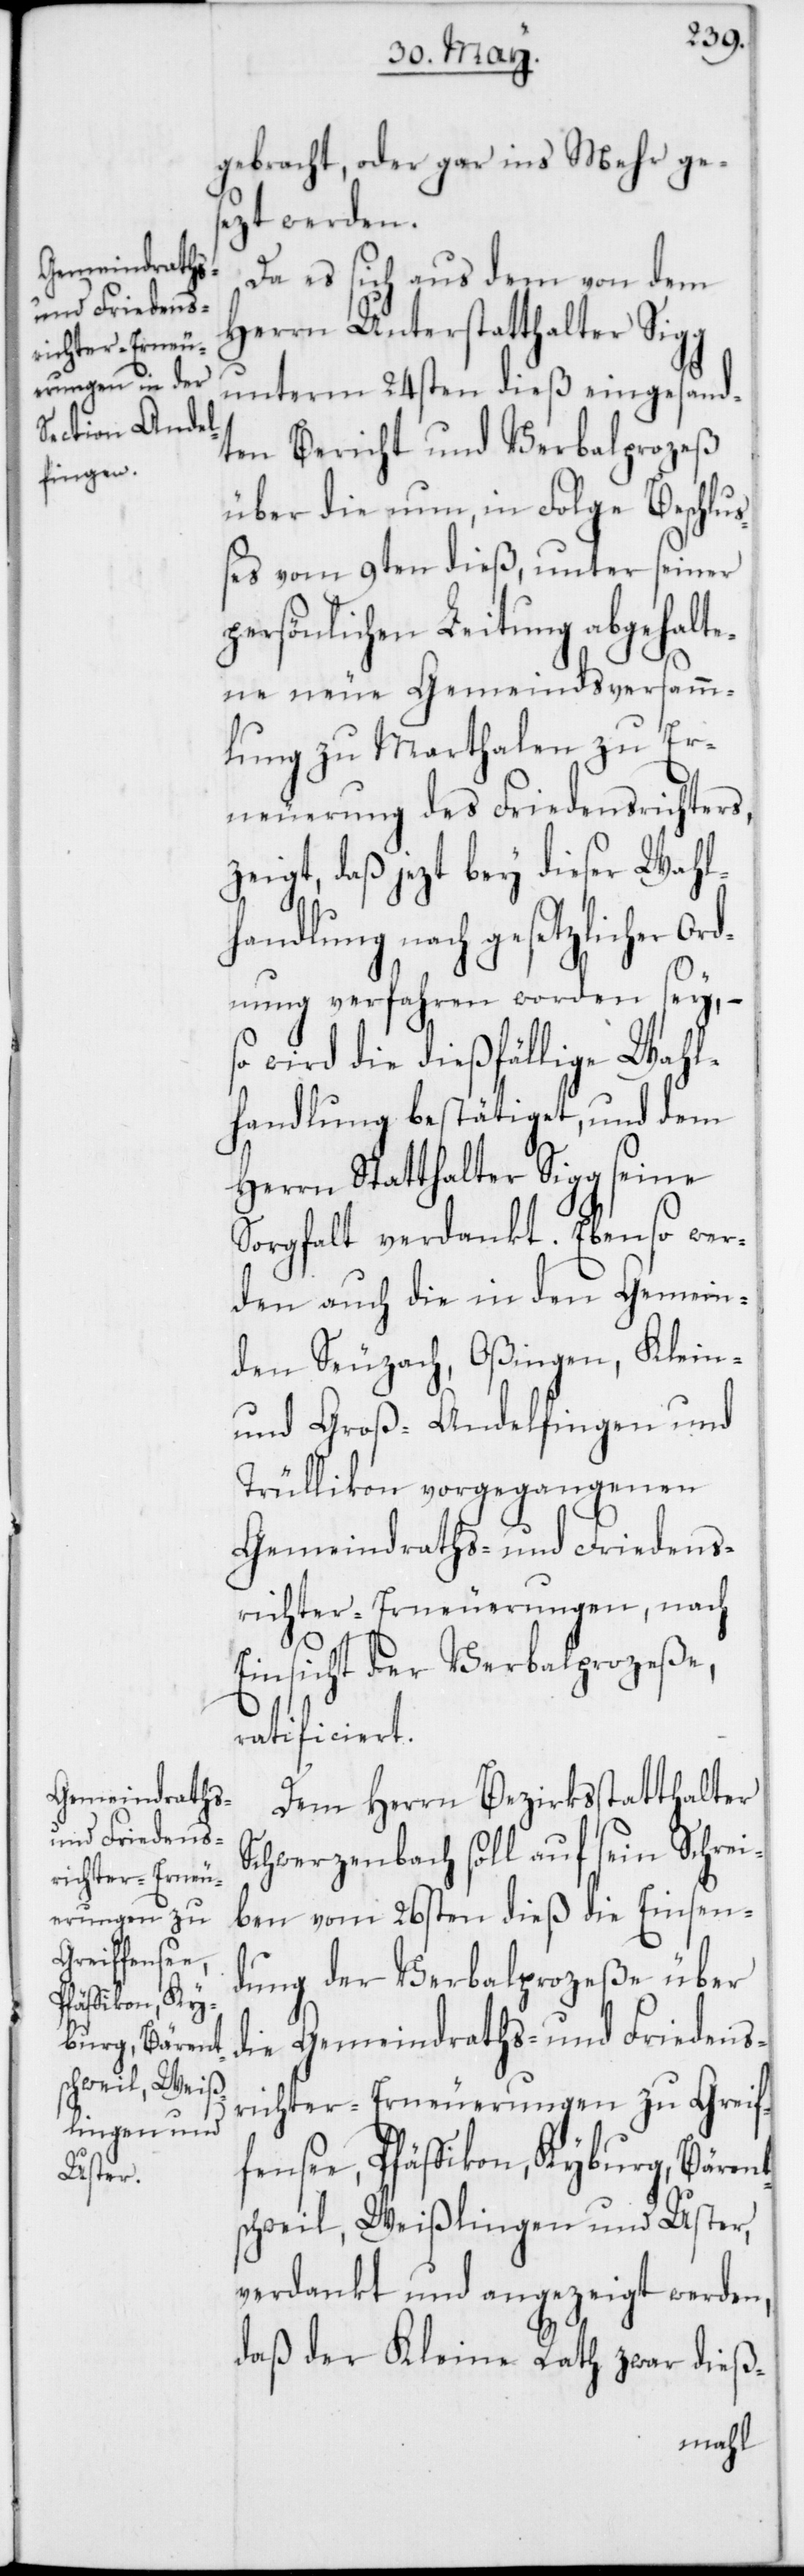
richter-Erneu¬
erungen zu
Greiffensee,
Pfäffikon, Ky¬
burg, Bärent¬

gebracht, oder gar ins Mehr ges¬
ezt werden.
Da es sich aus dem von dem
Herrn Unterstatthalter Sigg
unterm 24sten dieß eingesand¬
ten Bericht und Verbalprozeß
über die nun in Folge Beschluß¬
es vom 9ten dieß, unter seiner
persönlichen Leitung abgehalte¬
ne neue Gemeindsversamm¬
lung zu Marthalen zu Er¬
neuerung des Friedensrichters
zeigt, daß jetzt bey dieser Wahl¬
handlung nach gesetzlicher Or¬
dnung verfahren worden sey, –
so wird die dießfällige Wahl¬
handlung bestätiget, und dem
Herrn Statthalter Sigg seine
Sorgfalt verdankt. Ebenso wer¬
den auch die in den Gemein¬
den Seuzach, Oßingen, Klein-
und Groß-Andelfingen und
Trüllikon vorgegangenen
Gemeindraths- und Friedens¬
richter-Erneuerungen, nach
Einsicht der Verbalprozeße,
ratificiert.
Dem Herrn Bezirksstatthalter
Schwerzenbach soll auf sein Schrei¬
ben vom 26sten dieß die Einsen¬
dung der Verbalprozeße über
die Gemeindraths- und Friedens¬
schweil, Weißlingen und Uster,
verdankt und angezeigt werden,
daß der Kleine Rath zwar dieß-